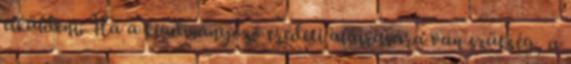
elküldeni. Ha a kiadmányozó eredeti aláírására van szükség, a